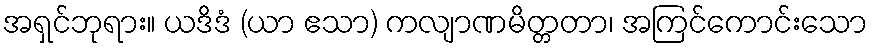
အရှင်ဘုရား။ ယဒိဒံ (ယာ ဧသာ) ကလျာဏမိတ္တတာ၊ အကြင်ကောင်းသော